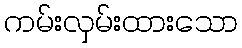
ကမ်းလှမ်းထားသော